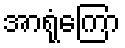
အာရုံကြော